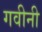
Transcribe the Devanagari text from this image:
गवीनी